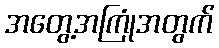
အတွေ့အကြုံအတွက်